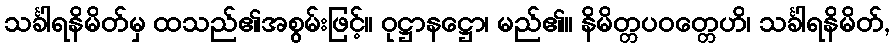
သင်္ခါရနိမိတ်မှ ထသည်၏အစွမ်းဖြင့်။ ဝုဋ္ဌာနဋ္ဌော၊ မည်၏။ နိမိတ္တပဝတ္တေဟိ၊ သင်္ခါရနိမိတ်,